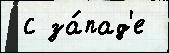
 с за́пад'е